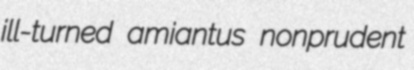
ill-turned amiantus nonprudent